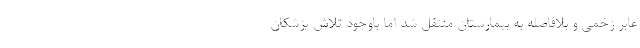
عابر زخمی و بلافاصله به بیمارستان منتقل شد اما باوجود تلاش پزشکان